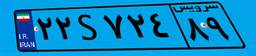
۲۲S۷۲۴۸۹